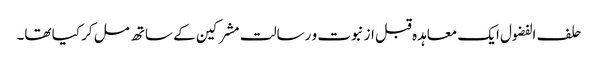
حلف الفضول ایک معاہدہ قبل از نبوت و رسالت مشرکین کے ساتھ مل کر کیا تھا۔